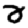
Digit: 2